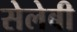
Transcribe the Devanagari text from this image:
सेलेबी